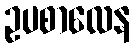
ဥပစာလေန